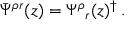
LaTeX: \bar { \Psi } ^ { \rho r } ( z ) = \Psi ^ { \rho } { } _ { r } ( z ) ^ { \dagger } \, .